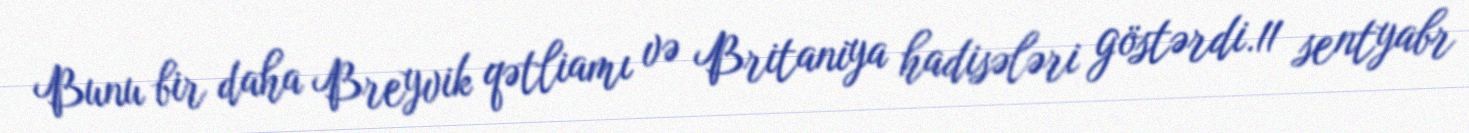
Bunu bir daha Breyvik qətliamı və Britaniya hadisələri göstərdi.11 sentyabr